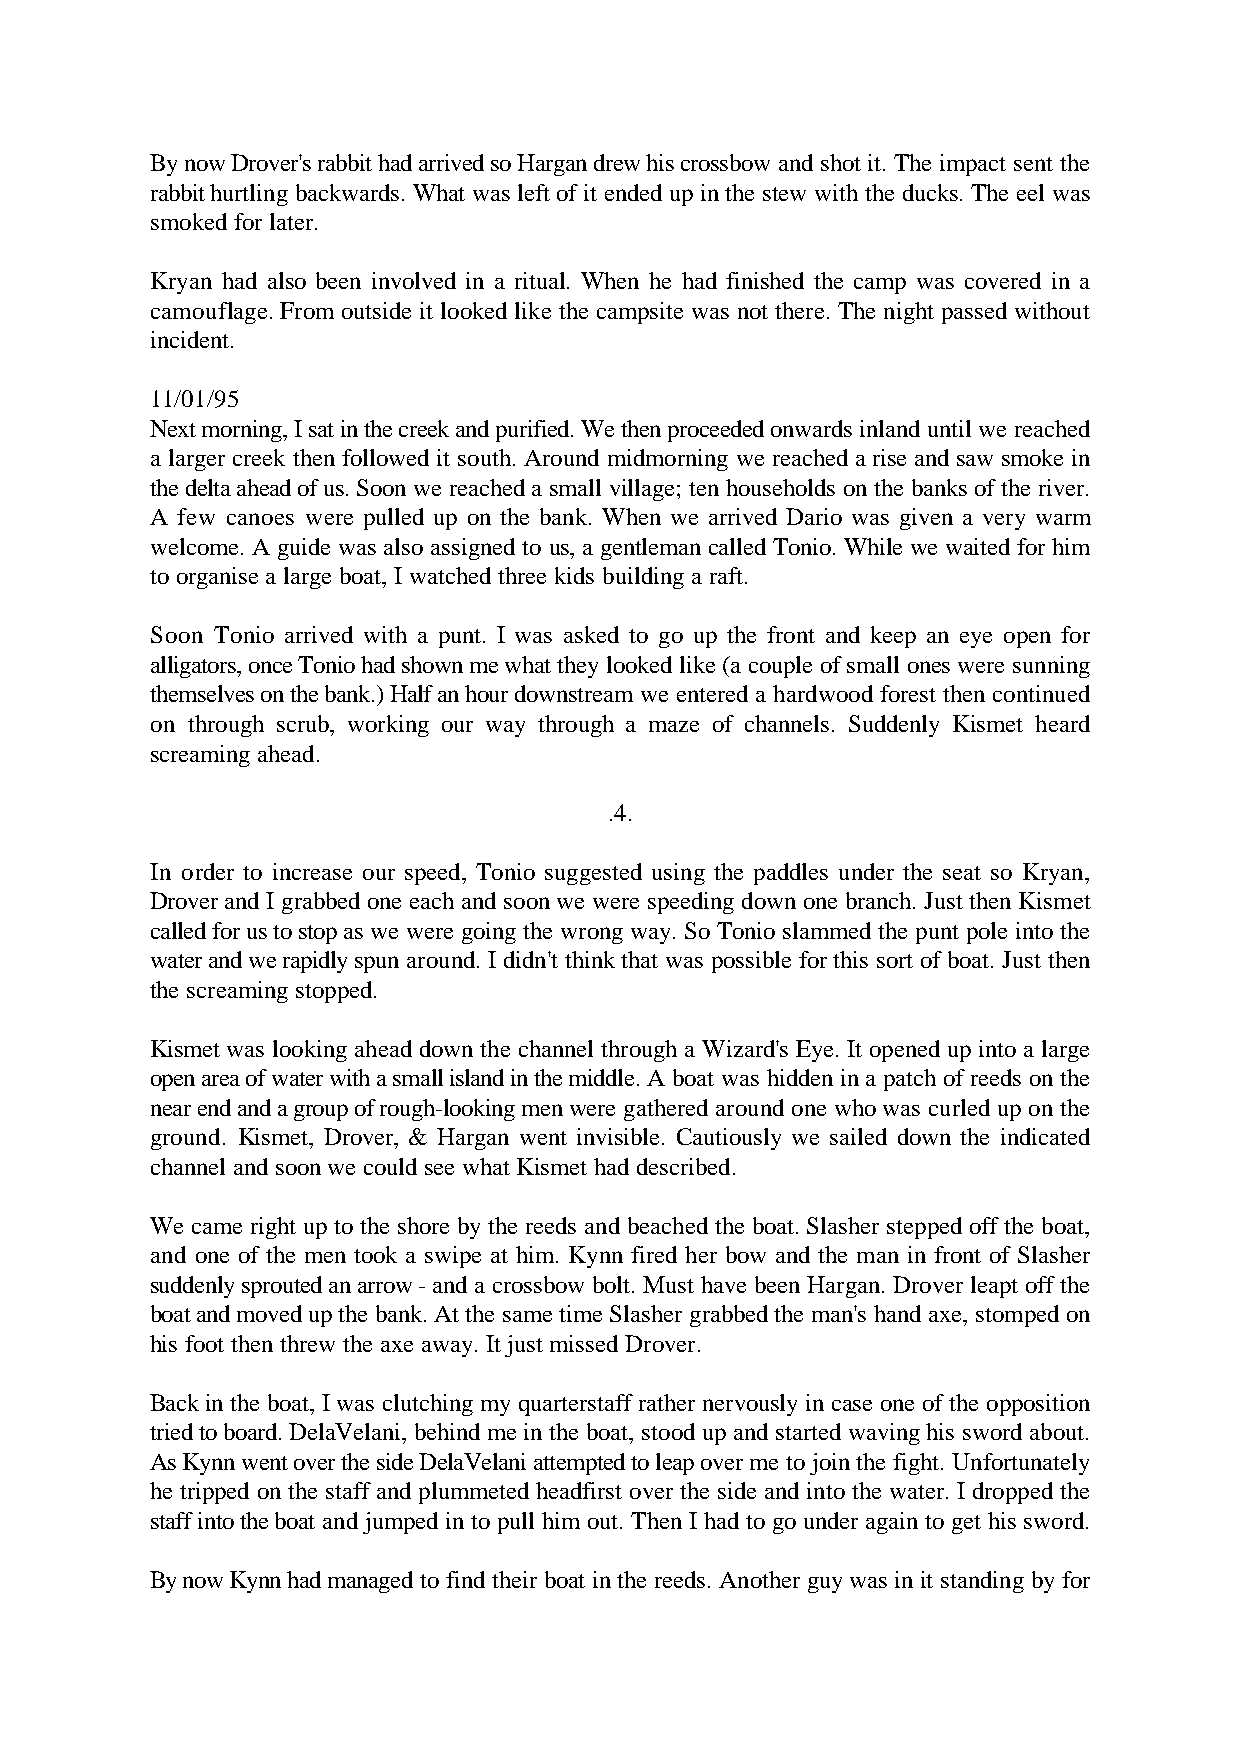
By now Drover's rabbit had arrived so Hargan drew his crossbow and shot it. The impact sent the
 rabbit hurtling backwards. What was left of it ended up in the stew with the ducks. The eel was
 smoked for later.
 Kryan had also been involved in a ritual. When he had finished the camp was covered in a
 camouflage. From outside it looked like the campsite was not there. The night passed without
 incident.
 11/01/95
 Next morning, I sat in the creek and purified. We then proceeded onwards inland until we reached
 a larger creek then followed it south. Around midmorning we reached a rise and saw smoke in
 the delta ahead of us. Soon we reached a small village; ten households on the banks of the river.
 A few canoes were pulled up on the bank. When we arrived Dario was given a very warm
 welcome. A guide was also assigned to us, a gentleman called Tonio. While we waited for him
 to organise a large boat, I watched three kids building a raft.
 Soon Tonio arrived with a punt. I was asked to go up the front and keep an eye open for
 alligators, once Tonio had shown me what they looked like (a couple of small ones were sunning
 themselves on the bank.) Half an hour downstream we entered a hardwood forest then continued
 on through scrub, working our way through a maze of channels. Suddenly Kismet heard
 screaming ahead.
 .4.
 In order to increase our speed, Tonio suggested using the paddles under the seat so Kryan,
 Drover and I grabbed one each and soon we were speeding down one branch. Just then Kismet
 called for us to stop as we were going the wrong way. So Tonio slammed the punt pole into the
 water and we rapidly spun around. I didn't think that was possible for this sort of boat. Just then
 the screaming stopped.
 Kismet was looking ahead down the channel through a Wizard's Eye. It opened up into a large
 open area of water with a small island in the middle. A boat was hidden in a patch of reeds on the
 near end and a group of rough-looking men were gathered around one who was curled up on the
 ground. Kismet, Drover, & Hargan went invisible. Cautiously we sailed down the indicated
 channel and soon we could see what Kismet had described.
 We came right up to the shore by the reeds and beached the boat. Slasher stepped off the boat,
 and one of the men took a swipe at him. Kynn fired her bow and the man in front of Slasher
 suddenly sprouted an arrow - and a crossbow bolt. Must have been Hargan. Drover leapt off the
 boat and moved up the bank. At the same time Slasher grabbed the man's hand axe, stomped on
 his foot then threw the axe away. It just missed Drover.
 Back in the boat, I was clutching my quarterstaff rather nervously in case one of the opposition
 tried to board. DelaVelani, behind me in the boat, stood up and started waving his sword about.
 As Kynn went over the side DelaVelani attempted to leap over me to join the fight. Unfortunately
 he tripped on the staff and plummeted headfirst over the side and into the water. I dropped the
 staff into the boat and jumped in to pull him out. Then I had to go under again to get his sword.
 By now Kynn had managed to find their boat in the reeds. Another guy was in it standing by for